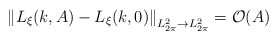
\begin{align*}\left\|L_{\xi}(k,A)-L_\xi(k,0)\right\|_{L^2_{2\pi}\to L^2_{2\pi}}=\mathcal{O}(A)\end{align*}